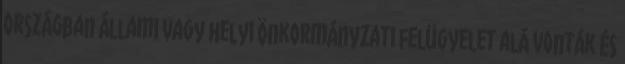
országban állami vagy helyi önkormányzati felügyelet alá vonták és